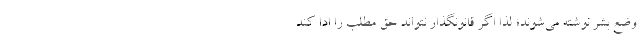
وضع بشر نوشته می‌شوند؛ لذا اگر قانونگذار نتواند حق مطلب را ادا کند